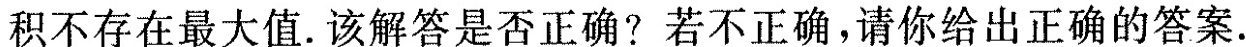
积不存在最大值。该解答是否正确?若不正确，请你给出正确的答案.